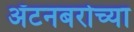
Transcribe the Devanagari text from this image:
ॲटनबरोच्या